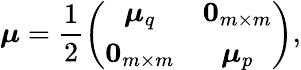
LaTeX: \boldsymbol{\mu}=\frac{1}{2}\left(\begin{array}{cc}{\boldsymbol{\mu}_{q}}&{\boldsymbol{0}_{m\times m}}\\ {\boldsymbol{0}_{m\times m}}&{\boldsymbol{\mu}_{p}}\end{array}\right),